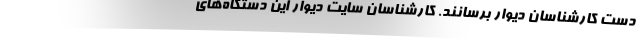
دست کارشناسان دیوار برسانند. کارشناسان سایت دیوار این دستگاه‌های